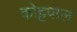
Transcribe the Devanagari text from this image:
कोट्टपाल